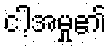
ငါ့အမှု၏